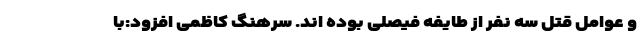
و عوامل قتل سه نفر از طایفه فیصلی بوده اند. سرهنگ کاظمی افزود:با